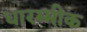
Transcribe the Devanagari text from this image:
धारम्मीक